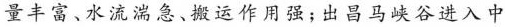
量丰富、水流湍急、搬运作用强；出昌马峡谷进入中